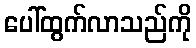
ပေါ်ထွက်လာသည်ကို